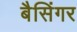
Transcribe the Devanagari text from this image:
बैसिंगर